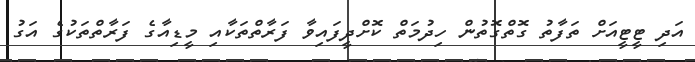
އަދި ޓީޓީއަށް ތަފާތު ގޮތްގޮތުން ހިދުމަތް ކޮށްދީފައިވާ ފަރާތްތަކާއި މީޑިއާގެ ފަރާތްތަކުގެ އަގު